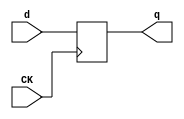
//# 16 inputs
//# 23 outputs
//# 29 D-type flipflops
//# 84 inverters
//# 311 gates (49 ANDs + 114 NANDs + 36 ORs + 112 NORs)

module dff(CK,q,d);
input CK,d;
output reg q;
always @ (posedge CK)
q<=d;
endmodule

module s953(GND,VDD,CK,ActBmHS1,ActRtHS1,DumpIIHS1,FullIIHS1,FullOHS1,GoBmHS1,
  GoRtHS1,
  IInDoneHS1,LdProgHS1,LoadIIHHS1,LoadOHHS1,LxHIInHS1,Mode0HS1,Mode1HS1,
  Mode2HS1,NewLineHS1,NewTrHS1,OutAvHS1,OutputHS1,Prog_0,Prog_1,Prog_2,
  Rdy1BmHS1,Rdy1RtHS1,Rdy2BmHS1,Rdy2RtHS1,ReRtTSHS1,ReWhBufHS1,RtTSHS1,
  SeFullIIHS1,SeFullOHS1,SeOutAvHS1,ShftIIRHS1,ShftORHS1,TgWhBufHS1,TpArrayHS1,
  TxHIInHS1,WantBmHS1,WantRtHS1);
input GND,VDD,CK,Rdy1RtHS1,Rdy2RtHS1,Rdy1BmHS1,Rdy2BmHS1,IInDoneHS1,RtTSHS1,
  TpArrayHS1,
  OutputHS1,WantBmHS1,WantRtHS1,OutAvHS1,FullOHS1,FullIIHS1,Prog_2,Prog_1,
  Prog_0;
output ReWhBufHS1,TgWhBufHS1,SeOutAvHS1,LdProgHS1,Mode2HS1,ReRtTSHS1,
  ShftIIRHS1,NewTrHS1,Mode1HS1,ShftORHS1,ActRtHS1,Mode0HS1,TxHIInHS1,LxHIInHS1,
  NewLineHS1,ActBmHS1,GoBmHS1,LoadOHHS1,DumpIIHS1,SeFullOHS1,GoRtHS1,
  LoadIIHHS1,SeFullIIHS1;

  wire State_5,II2,State_4,II3,State_3,II4,State_2,II5,State_1,II6,State_0,II7,
    II8,II9,II10,II11,II12,II13,II14,II15,II16,II17,II18,II19,II20,II21,II22,
    II23,II24,II25,II26,II27,II28,II29,II30,II265,II266,II263,II264,II271,
    II272,II284,II283,II282,II275,II274,II281,II280,II279,II278,II277,II276,
    II269,II267,II344,II345,II327,II326,II625,II624,II494,II495,II513,II512,
    II508,II509,II571,II570,II331,II330,II441,II440,II504,II505,II339,II338,
    II342,II343,II424,II425,II486,II487,II437,II436,II451,II450,II459,II458,
    II535,II534,II554,II555,II390,II391,II341,II340,II397,II396,II415,II414,
    II469,II468,II323,II322,II398,II399,II428,II429,II452,II453,II444,II445,
    II380,II381,II367,II366,II475,II474,II431,II430,II435,II434,II467,II466,
    II370,II371,II377,II376,II358,II359,II552,II553,II566,II567,II410,II411,
    II355,II354,II363,II362,II379,II378,II423,II422,II329,II328,II295,II446,
    II447,II771,II770,II691,II690,II769,II768,II477,II476,II405,II404,II661,
    II660,II297,II663,II662,II294,II351,II350,II779,II778,II311,II287,II300,
    II303,II840_2,II873_1,II840_1,II850_1,II610,II612,II963_1,II335,II966_1,
    II357,II1025_1,II325,II910_1,II360,II850_2,II614,II1044_1,II497,II1077_1,
    II1083_1,II506,II1170_1,II393,II1193_1,II521,II1184_1,II1080_1,II382,
    II1107_1,II1103_1,II418,II1196_1,II1040_1,II1103_2,II1180_1,II1031_1,II317,
    II1166_1,II529,II1160_1,II412,II1034_1,II1163_1,II531,II1136_1,II590,
    II1166_2,II1173_1,II1110_1,II388,II1188_2,II1199_2,II789_1,II580,II1184_2,
    II1188_1,II1143_2,II596,II1100_1,II384,II1128_1,II568,II1056_1,II1176_1,
    II1097_1,II556,II1180_2,II348,II1176_2,II600,II810_1,II364,II562,II1199_1,
    II1143_1,II353,II1140_1,II573,II1094_1,II582,II1047_2,II881_1,II1047_1,
    II881_2,II857_1,II493,II834_1,II523,II892_1,II1037_1,II336,II861_2,II457,
    II892_2,II896_1,II320,II861_1,II455,II1121_1,II589,II796_1,II1203_2,II543,
    II577,II1216_1,II449,II537,II1113_1,II1118_1,II479,II1203_1,II463,II491,
    II1216_2,II465,II489,II1154_1,II1028_1,II1132_1,II593,II595,II1132_2,
    II1148_1,II565,II1121_2,II559,II1125_1,II561,II1087_1,II526,II814_1,
    II1157_1,II599,II1210_1,II421,II1091_1,II585,II587,II829_1,II547,II575,
    II1213_1,II498,II1207_1,II519,II579,II1151_1,II511,II473,II539,II525,II439,
    II514,II461,II318,II394,II482,II372,II374,II485,II548,II503,II551,II442,
    II481,II680,II407,II532,II432,II500,II403,II634,II609,II416,II676,II682,
    II738,II746,II706,II545,II517,II715,II713,II719,II717,II675,II725,II733,
    II729,II731,II702,II684,II686,II678,II655,II657,II671,II673,II742,II689,
    II693,II711,II659,II669,II667,II744,II740,II721,II723,II737,II735,II704,
    II699,II695,II697,II750,II665,II700,II708,II777,II767,II386,II315,II347,
    II470,II333,II540,II408;

  dff DFF_0(CK,State_5,II2);
  dff DFF_1(CK,State_4,II3);
  dff DFF_2(CK,State_3,II4);
  dff DFF_3(CK,State_2,II5);
  dff DFF_4(CK,State_1,II6);
  dff DFF_5(CK,State_0,II7);
  dff DFF_6(CK,ActRtHS1,II8);
  dff DFF_7(CK,ActBmHS1,II9);
  dff DFF_8(CK,GoRtHS1,II10);
  dff DFF_9(CK,GoBmHS1,II11);
  dff DFF_10(CK,NewTrHS1,II12);
  dff DFF_11(CK,ReRtTSHS1,II13);
  dff DFF_12(CK,Mode0HS1,II14);
  dff DFF_13(CK,Mode1HS1,II15);
  dff DFF_14(CK,Mode2HS1,II16);
  dff DFF_15(CK,NewLineHS1,II17);
  dff DFF_16(CK,ShftORHS1,II18);
  dff DFF_17(CK,ShftIIRHS1,II19);
  dff DFF_18(CK,LxHIInHS1,II20);
  dff DFF_19(CK,TxHIInHS1,II21);
  dff DFF_20(CK,LoadOHHS1,II22);
  dff DFF_21(CK,LoadIIHHS1,II23);
  dff DFF_22(CK,SeOutAvHS1,II24);
  dff DFF_23(CK,SeFullOHS1,II25);
  dff DFF_24(CK,SeFullIIHS1,II26);
  dff DFF_25(CK,TgWhBufHS1,II27);
  dff DFF_26(CK,ReWhBufHS1,II28);
  dff DFF_27(CK,LdProgHS1,II29);
  dff DFF_28(CK,DumpIIHS1,II30);
  not NOT_0(II265,Rdy1BmHS1);
  not NOT_1(II266,Rdy2BmHS1);
  not NOT_2(II263,Rdy1RtHS1);
  not NOT_3(II264,Rdy2RtHS1);
  not NOT_4(II271,WantBmHS1);
  not NOT_5(II272,WantRtHS1);
  not NOT_6(II284,Prog_0);
  not NOT_7(II283,Prog_1);
  not NOT_8(II282,Prog_2);
  not NOT_9(II275,FullIIHS1);
  not NOT_10(II274,FullOHS1);
  not NOT_11(II281,State_0);
  not NOT_12(II280,State_1);
  not NOT_13(II279,State_2);
  not NOT_14(II278,State_3);
  not NOT_15(II277,State_4);
  not NOT_16(II276,State_5);
  not NOT_17(II269,TpArrayHS1);
  not NOT_18(II267,IInDoneHS1);
  not NOT_19(II344,II345);
  not NOT_20(II327,II326);
  not NOT_21(II625,II624);
  not NOT_22(II494,II495);
  not NOT_23(II513,II512);
  not NOT_24(II508,II509);
  not NOT_25(II571,II570);
  not NOT_26(II331,II330);
  not NOT_27(II441,II440);
  not NOT_28(II504,II505);
  not NOT_29(II339,II338);
  not NOT_30(II342,II343);
  not NOT_31(II424,II425);
  not NOT_32(II486,II487);
  not NOT_33(II437,II436);
  not NOT_34(II451,II450);
  not NOT_35(II459,II458);
  not NOT_36(II535,II534);
  not NOT_37(II554,II555);
  not NOT_38(II390,II391);
  not NOT_39(II341,II340);
  not NOT_40(II397,II396);
  not NOT_41(II415,II414);
  not NOT_42(II469,II468);
  not NOT_43(II16,II323);
  not NOT_44(II322,II323);
  not NOT_45(II398,II399);
  not NOT_46(II428,II429);
  not NOT_47(II452,II453);
  not NOT_48(II444,II445);
  not NOT_49(II380,II381);
  not NOT_50(II13,II415);
  not NOT_51(II367,II366);
  not NOT_52(II475,II474);
  not NOT_53(II431,II430);
  not NOT_54(II435,II434);
  not NOT_55(II467,II466);
  not NOT_56(II370,II371);
  not NOT_57(II377,II376);
  not NOT_58(II358,II359);
  not NOT_59(II552,II553);
  not NOT_60(II566,II567);
  not NOT_61(II410,II411);
  not NOT_62(II355,II354);
  not NOT_63(II363,II362);
  not NOT_64(II379,II378);
  not NOT_65(II423,II422);
  not NOT_66(II329,II328);
  not NOT_67(II18,II295);
  not NOT_68(II446,II447);
  not NOT_69(II771,II770);
  not NOT_70(II691,II690);
  not NOT_71(II769,II768);
  not NOT_72(II477,II476);
  not NOT_73(II405,II404);
  not NOT_74(II661,II660);
  not NOT_75(II20,II297);
  not NOT_76(II663,II662);
  not NOT_77(II17,II294);
  not NOT_78(II351,II350);
  not NOT_79(II779,II778);
  not NOT_80(II7,II311);
  not NOT_81(II10,II287);
  not NOT_82(II23,II300);
  not NOT_83(II26,II303);
  and AND2_0(II840_2,Prog_1,Prog_0);
  and AND2_1(II873_1,II263,II264);
  and AND2_2(II840_1,II283,II284);
  and AND2_3(II850_1,II610,II612);
  and AND2_4(II963_1,II335,II345);
  and AND2_5(II966_1,II335,II357);
  and AND2_6(II1025_1,Rdy2BmHS1,II325);
  and AND2_7(II910_1,II277,II360);
  and AND2_8(II850_2,WantRtHS1,II614);
  and AND2_9(II1044_1,II497,II570);
  and AND2_10(II1077_1,II458,II512);
  and AND2_11(II1083_1,II458,II506);
  and AND2_12(II1170_1,II393,II414);
  and AND2_13(II1193_1,II424,II521);
  and AND2_14(II1184_1,II486,II506);
  and AND2_15(II1080_1,Prog_0,II382);
  and AND2_16(II1107_1,II284,II382);
  and AND2_17(II1103_1,State_5,II418);
  and AND2_18(II1196_1,II345,II418);
  and AND2_19(II1040_1,OutputHS1,II322);
  and AND2_20(II1103_2,Prog_0,II322);
  and AND2_21(II1180_1,II267,II322);
  and AND2_22(II1031_1,II317,II398);
  and AND2_23(II1166_1,II357,II529);
  and AND2_24(II1160_1,II281,II412);
  and AND2_25(II1034_1,II317,II428);
  and AND2_26(II1163_1,II345,II531);
  and AND2_27(II1136_1,II282,II590);
  and AND2_28(II1166_2,Prog_2,II452);
  and AND2_29(II1173_1,II263,II466);
  and AND2_30(II1110_1,II277,II388);
  and AND2_31(II1188_2,II267,II388);
  and AND2_32(II1199_2,II267,II380);
  and AND2_33(II789_1,II278,II580);
  and AND2_34(II1184_2,II269,II376);
  and AND2_35(II1188_1,State_1,II376);
  and AND2_36(II1143_2,II274,II596);
  and AND2_37(II1100_1,WantBmHS1,II384);
  and AND2_38(II1128_1,II378,II568);
  and AND2_39(II1056_1,II280,II358);
  and AND2_40(II1176_1,State_4,II566);
  and AND2_41(II1097_1,II317,II556);
  and AND2_42(II1180_2,II348,II554);
  and AND2_43(II1176_2,Prog_0,II600);
  and AND2_44(II810_1,II364,II562);
  and AND2_45(II1199_1,II338,II364);
  and AND2_46(II1143_1,II353,II404);
  and AND2_47(II1140_1,II271,II573);
  and AND2_48(II1094_1,WantRtHS1,II582);
  or OR2_0(II1047_2,Rdy1BmHS1,Prog_0);
  or OR2_1(II881_1,IInDoneHS1,Prog_2);
  or OR2_2(II1047_1,II264,II284);
  or OR2_3(II881_2,II282,II326);
  or OR2_4(II857_1,Prog_0,II493);
  or OR2_5(II834_1,FullIIHS1,II523);
  or OR2_6(II892_1,II279,II495);
  or OR2_7(II1037_1,Prog_0,II336);
  or OR2_8(II861_2,II265,II457);
  or OR2_9(II892_2,II269,II625);
  or OR2_10(II896_1,II279,II320);
  or OR2_11(II861_1,II263,II455);
  or OR2_12(II1121_1,State_0,II589);
  or OR2_13(II796_1,II283,II323);
  or OR2_14(II1203_2,II543,II577);
  or OR2_15(II1216_1,II449,II537);
  or OR2_16(II1113_1,II282,II415);
  or OR2_17(II1118_1,State_1,II479);
  or OR2_18(II1203_1,II463,II491);
  or OR2_19(II1216_2,II465,II489);
  or OR2_20(II1154_1,II267,II371);
  or OR2_21(II1028_1,II367,II493);
  or OR2_22(II1132_1,II593,II595);
  or OR2_23(II1132_2,II281,II467);
  or OR2_24(II1148_1,II267,II565);
  or OR2_25(II1121_2,Rdy2BmHS1,II559);
  or OR2_26(II1125_1,Rdy2RtHS1,II561);
  or OR2_27(II1087_1,Prog_0,II526);
  or OR2_28(II814_1,FullOHS1,II355);
  or OR2_29(II1157_1,II274,II599);
  or OR2_30(II1210_1,II339,II421);
  or OR2_31(II1091_1,II585,II587);
  or OR2_32(II829_1,II547,II575);
  or OR2_33(II1213_1,II498,II547);
  or OR2_34(II1207_1,II519,II579);
  or OR2_35(II1151_1,II405,II537);
  nand NAND2_0(II357,Rdy1BmHS1,Rdy2BmHS1);
  nand NAND2_1(II345,Rdy1RtHS1,Rdy2RtHS1);
  nand NAND2_2(II519,Rdy2BmHS1,WantBmHS1);
  nand NAND2_3(II317,FullOHS1,FullIIHS1);
  nand NAND2_4(II511,State_1,State_0);
  nand NAND2_5(II543,II265,Rdy2BmHS1);
  nand NAND2_6(II473,II265,II266);
  nand NAND2_7(II493,Rdy1BmHS1,II266);
  nand NAND2_8(II537,II263,Rdy2RtHS1);
  nand NAND2_9(II575,II271,II284);
  nand NAND2_10(II393,II282,II283);
  nand NAND2_11(II587,Prog_0,II317);
  nand NAND2_12(II523,II274,Prog_2);
  nand NAND2_13(II539,II263,II274);
  nand NAND2_14(II595,Rdy2BmHS1,II274);
  nand NAND2_15(II495,II280,II281);
  nand NAND2_16(II521,RtTSHS1,II278);
  nand NAND2_17(II335,II277,II282);
  nand NAND2_18(II525,II277,II280);
  nand NAND2_19(II509,II276,II277);
  nand NAND2_20(II336,II473,II357);
  nand NAND2_21(II330,WantBmHS1,II493);
  nand NAND2_22(II439,Prog_0,II514);
  nand NAND2_23(II568,II1047_1,II1047_2);
  nand NAND2_24(II360,II881_1,II881_2);
  nand NAND2_25(II457,II266,II506);
  nand NAND2_26(II461,II282,II506);
  nand NAND2_27(II320,II495,II511);
  nand NAND2_28(II455,II264,II512);
  nand NAND2_29(II489,II506,II570);
  nand NAND2_30(II505,II279,II570);
  nand NAND2_31(II338,II857_1,II439);
  nand NAND2_32(II318,II834_1,II277);
  nand NAND2_33(II497,II455,II457);
  nand NAND3_0(II343,II276,II394,II482);
  nand NAND2_34(II589,Prog_2,II482);
  nand NAND3_1(II425,State_2,II281,II508);
  nand NAND2_35(II487,State_3,II508);
  nand NAND2_36(II562,II1037_1,II439);
  nand NAND2_37(II372,II892_1,II892_2);
  nand NAND2_38(II374,II896_1,II461);
  nand NAND2_39(II340,II861_1,II861_2);
  nand NAND2_40(II485,II277,II548);
  nand NAND2_41(II491,State_5,II548);
  nand NAND3_2(II323,State_4,II281,II436);
  nand NAND2_42(II399,II284,II436);
  nand NAND3_3(II577,State_0,II318,II436);
  nand NAND2_43(II429,Prog_0,II450);
  nand NAND3_4(II449,State_1,II318,II450);
  nand NAND3_5(II453,II277,II327,II504);
  nand NAND2_44(II503,II277,II504);
  nand NAND2_45(II551,II279,II442);
  nand NAND2_46(II445,II374,II534);
  nand NAND2_47(II381,State_3,II396);
  nand NAND2_48(II479,II279,II486);
  nand NAND2_49(II481,II372,II486);
  nand NAND2_50(II529,II399,II489);
  nand NAND2_51(II531,II429,II491);
  nand NAND2_52(II371,II279,II382);
  nand NAND2_53(II680,II445,II381);
  nand NAND2_54(II407,II412,II532);
  nand NAND2_55(II593,II284,II430);
  nand NAND3_6(II359,Rdy1RtHS1,II432,II532);
  nand NAND2_56(II553,State_1,II500);
  nand NAND3_7(II403,II634,II434,II494);
  nand NAND2_57(II609,II265,II434);
  nand NAND3_8(II411,II279,Prog_0,II416);
  nand NAND2_58(II19,II371,II323);
  nand NAND2_59(II676,II1113_1,II343);
  nand NAND2_60(II682,II1118_1,II323);
  nand NAND2_61(II738,II1203_1,II1203_2);
  nand NAND2_62(II746,II1216_1,II1216_2);
  nand NAND2_63(II706,II1154_1,II403);
  nand NAND2_64(II12,II377,II469);
  nand NAND2_65(II599,II275,II354);
  nand NAND2_66(II447,Rdy2RtHS1,II362);
  nand NAND2_67(II545,II272,II362);
  nand NAND2_68(II421,II274,II422);
  nand NAND2_69(II585,II353,II422);
  nand NAND2_70(II517,II264,II358);
  nand NAND2_71(II770,II715,II713);
  nand NAND2_72(II690,II1132_1,II1132_2);
  nand NAND2_73(II768,II719,II717);
  nand NAND2_74(II15,II796_1,II675);
  nand NAND3_9(II4,II725,II381,II551);
  nand NAND4_0(II5,II733,II729,II731,II397);
  nand NAND2_75(II702,II1148_1,II481);
  nand NAND2_76(II556,II1028_1,II355);
  nand NAND2_77(II684,II1121_1,II1121_2);
  nand NAND2_78(II686,II1125_1,II441);
  nand NAND2_79(II573,II517,II545);
  nand NAND2_80(II678,II329,II423);
  nand NAND2_81(II8,II655,II657);
  nand NAND2_82(II14,II671,II673);
  nand NAND2_83(II660,II1087_1,II469);
  nand NAND2_84(II547,WantRtHS1,II446);
  nand NAND2_85(II742,II1210_1,II551);
  nand NAND2_86(II662,II1091_1,II329);
  nand NAND3_10(II21,II689,II693,II691);
  nand NAND3_11(II2,II711,II771,II769);
  nand NAND3_12(II9,II377,II661,II659);
  nand NAND3_13(II11,II475,II669,II667);
  nand NAND2_87(II744,II1213_1,II553);
  nand NAND2_88(II740,II1207_1,II477);
  nand NAND2_89(II3,II721,II723);
  nand NAND2_90(II778,II737,II735);
  nand NAND2_91(II704,II1151_1,II329);
  nand NAND4_1(II22,II699,II695,II697,II481);
  nand NAND2_92(II750,II665,II663);
  nand NAND2_93(II30,II829_1,II351);
  nand NAND2_94(II700,II403,II351);
  nand NAND2_95(II708,II1157_1,II351);
  nand NAND3_14(II6,II377,II779,II777);
  nand NAND2_96(II25,II814_1,II767);
  nor NOR2_0(II326,FullOHS1,FullIIHS1);
  nor NOR2_1(II28,OutAvHS1,FullIIHS1);
  nor NOR2_2(II514,II263,Rdy2RtHS1);
  nor NOR2_3(II610,Prog_2,II284);
  nor NOR2_4(II27,OutAvHS1,II275);
  nor NOR2_5(II24,OutAvHS1,II326);
  nor NOR2_6(II612,Rdy1RtHS1,II274);
  nor NOR2_7(II506,State_1,II281);
  nor NOR2_8(II624,State_2,II511);
  nor NOR2_9(II386,State_2,II280);
  nor NOR2_10(II512,II280,State_0);
  nor NOR2_11(II570,II276,State_3);
  nor NOR2_12(II498,II271,II473);
  nor NOR2_13(II315,II272,II514);
  nor NOR2_14(II353,II344,II873_1);
  nor NOR2_15(II325,II840_1,II840_2);
  nor NOR3_0(II394,State_0,II327,II357);
  nor NOR2_16(II532,State_4,II327);
  nor NOR2_17(II614,II523,II575);
  nor NOR3_1(II482,State_3,State_2,II525);
  nor NOR2_18(II440,II495,II509);
  nor NOR2_19(II347,State_3,II394);
  nor NOR2_20(II548,State_3,II513);
  nor NOR2_21(II436,State_1,II505);
  nor NOR2_22(II450,State_0,II505);
  nor NOR2_23(II458,II279,II571);
  nor NOR3_2(II470,II320,II335,II571);
  nor NOR2_24(II534,State_4,II571);
  nor NOR2_25(II555,II330,II1025_1);
  nor NOR3_3(II442,State_1,II347,II509);
  nor NOR2_26(II391,State_2,II910_1);
  nor NOR2_27(II333,II850_1,II850_2);
  nor NOR3_4(II29,II278,State_2,II441);
  nor NOR2_28(II396,II280,II425);
  nor NOR3_5(II414,State_1,II425,II521);
  nor NOR3_6(II468,State_0,II386,II487);
  nor NOR2_29(II634,II264,II333);
  nor NOR3_7(II382,II276,Prog_2,II485);
  nor NOR2_30(II418,II279,II485);
  nor NOR3_8(II366,State_0,II335,II399);
  nor NOR2_31(II412,II282,II437);
  nor NOR2_32(II474,II493,II577);
  nor NOR2_33(II590,II429,II539);
  nor NOR3_9(II540,Rdy2RtHS1,II263,II449);
  nor NOR2_34(II430,Prog_2,II451);
  nor NOR2_35(II432,II282,II451);
  nor NOR2_36(II500,II281,II453);
  nor NOR2_37(II434,FullIIHS1,II503);
  nor NOR2_38(II466,Rdy1BmHS1,II503);
  nor NOR2_39(II388,II320,II459);
  nor NOR2_40(II416,II461,II535);
  nor NOR2_41(II463,II390,II963_1);
  nor NOR2_42(II465,II390,II966_1);
  nor NOR2_43(II580,II345,II397);
  nor NOR2_44(II733,II342,II1193_1);
  nor NOR2_45(II376,II281,II479);
  nor NOR2_46(II655,II322,II1077_1);
  nor NOR2_47(II659,II322,II1083_1);
  nor NOR2_48(II717,II322,II1170_1);
  nor NOR2_49(II731,II540,II474);
  nor NOR2_50(II567,II388,II1044_1);
  nor NOR2_51(II565,II444,II1040_1);
  nor NOR2_52(II671,II1103_1,II1103_2);
  nor NOR2_53(II354,II367,II543);
  nor NOR2_54(II596,II336,II367);
  nor NOR2_55(II559,II412,II1031_1);
  nor NOR2_56(II362,State_0,II407);
  nor NOR3_10(II384,II315,II407,II493);
  nor NOR2_57(II711,II388,II1160_1);
  nor NOR2_58(II561,II432,II1034_1);
  nor NOR2_59(II713,II470,II1163_1);
  nor NOR2_60(II693,II376,II1136_1);
  nor NOR2_61(II378,FullIIHS1,II431);
  nor NOR2_62(II422,II431,II525);
  nor NOR2_63(II715,II1166_1,II1166_2);
  nor NOR3_11(II408,II341,II435,II523);
  nor NOR3_12(II328,II609,II511,II539);
  nor NOR2_64(II719,II500,II1173_1);
  nor NOR2_65(II675,II470,II1110_1);
  nor NOR2_66(II526,II370,II416);
  nor NOR2_67(II725,II1184_1,II1184_2);
  nor NOR2_68(II729,II1188_1,II1188_2);
  nor NOR3_13(II295,II376,II682,II680);
  nor NOR2_69(II735,II552,II1196_1);
  nor NOR2_70(II695,II408,II328);
  nor NOR2_71(II657,II410,II1080_1);
  nor NOR2_72(II673,II410,II1107_1);
  nor NOR2_73(II348,II315,II363);
  nor NOR2_74(II600,II331,II447);
  nor NOR2_75(II476,II519,II545);
  nor NOR2_76(II669,II342,II1100_1);
  nor NOR3_14(II364,II274,II379,II525);
  nor NOR2_77(II689,II440,II1128_1);
  nor NOR2_78(II404,II284,II421);
  nor NOR2_79(II582,II331,II517);
  nor NOR2_80(II579,II446,II1056_1);
  nor NOR3_15(II297,II376,II686,II684);
  nor NOR3_16(II294,II408,II678,II676);
  nor NOR2_81(II667,II328,II1097_1);
  nor NOR2_82(II723,II1180_1,II1180_2);
  nor NOR2_83(II721,II1176_1,II1176_2);
  nor NOR2_84(II350,II325,II477);
  nor NOR2_85(II737,II1199_1,II1199_2);
  nor NOR2_86(II699,II1143_1,II1143_2);
  nor NOR2_87(II697,II384,II1140_1);
  nor NOR2_88(II665,II540,II1094_1);
  nor NOR3_17(II311,II742,II746,II744);
  nor NOR2_89(II777,II740,II738);
  nor NOR2_90(II767,II704,II702);
  nor NOR2_91(II287,II750,II789_1);
  nor NOR2_92(II300,II700,II810_1);
  nor NOR2_93(II303,II706,II708);

endmodule